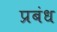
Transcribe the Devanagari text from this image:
प्रबंध